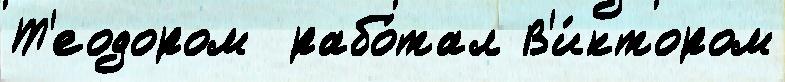
Т'еодором  рабо́тал В'и́ктором